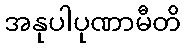
အနုပါပုဏာမီတိ